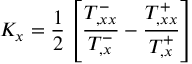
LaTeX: K _ { x } = { \frac { 1 } { 2 } } \left[ { \frac { T _ { , x x } ^ { - } } { T _ { , x } ^ { - } } } - { \frac { T _ { , x x } ^ { + } } { T _ { , x } ^ { + } } } \right]